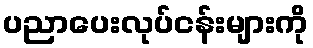
ပညာပေးလုပ်ငန်းများကို